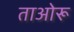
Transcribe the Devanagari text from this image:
ताओरू